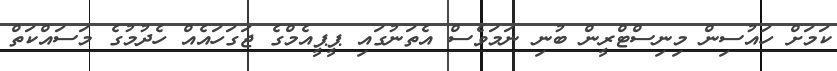
ކަމަށް ހައުސިން މިނިސްޓްރީން ބުނި ނަމަވެސް އެތަނުގައި ޕީޕީއެމްގެ ޖަގަހައެއް ހެދުމުގެ މަސައްކަތް